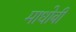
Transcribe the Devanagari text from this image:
माधोबी